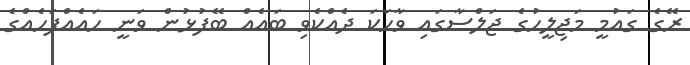
ރޭގެ ގައުމީ މަޖިލީހުގެ ޖަލްސާގައި ވާހަކަ ދެއްކެވި ބައެއް ބޭފުޅުން ވަނީ ހައެއްފަހެއްގެ